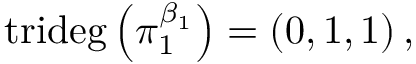
\mathrm { t r i d e g } \left( \pi _ { 1 } ^ { \beta _ { 1 } } \right) = \left( 0 , 1 , 1 \right) ,